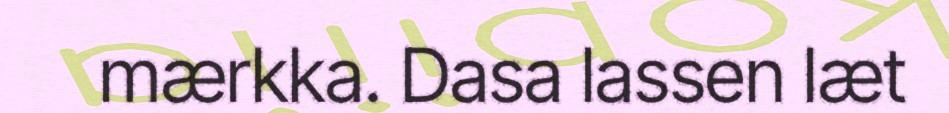
mærkka. Dasa lassen læt